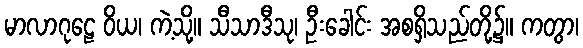
မာလာဂုဠေ ဝိယ၊ ကဲ့သို့။ သီသာဒီသု၊ ဦးခေါင်း အစရှိသည်တို့၌။ ကတွာ၊